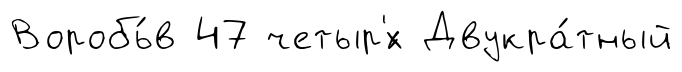
Воробь́в 47 четыр'́х Двукра́тный